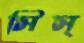
সিস্